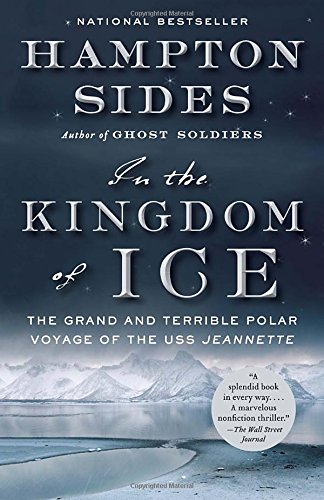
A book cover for In the Kingdom of Ice: The Grand and Terrible Polar Voyage of the USS Jeannette; Hampton Sides; Engineering & Transportation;